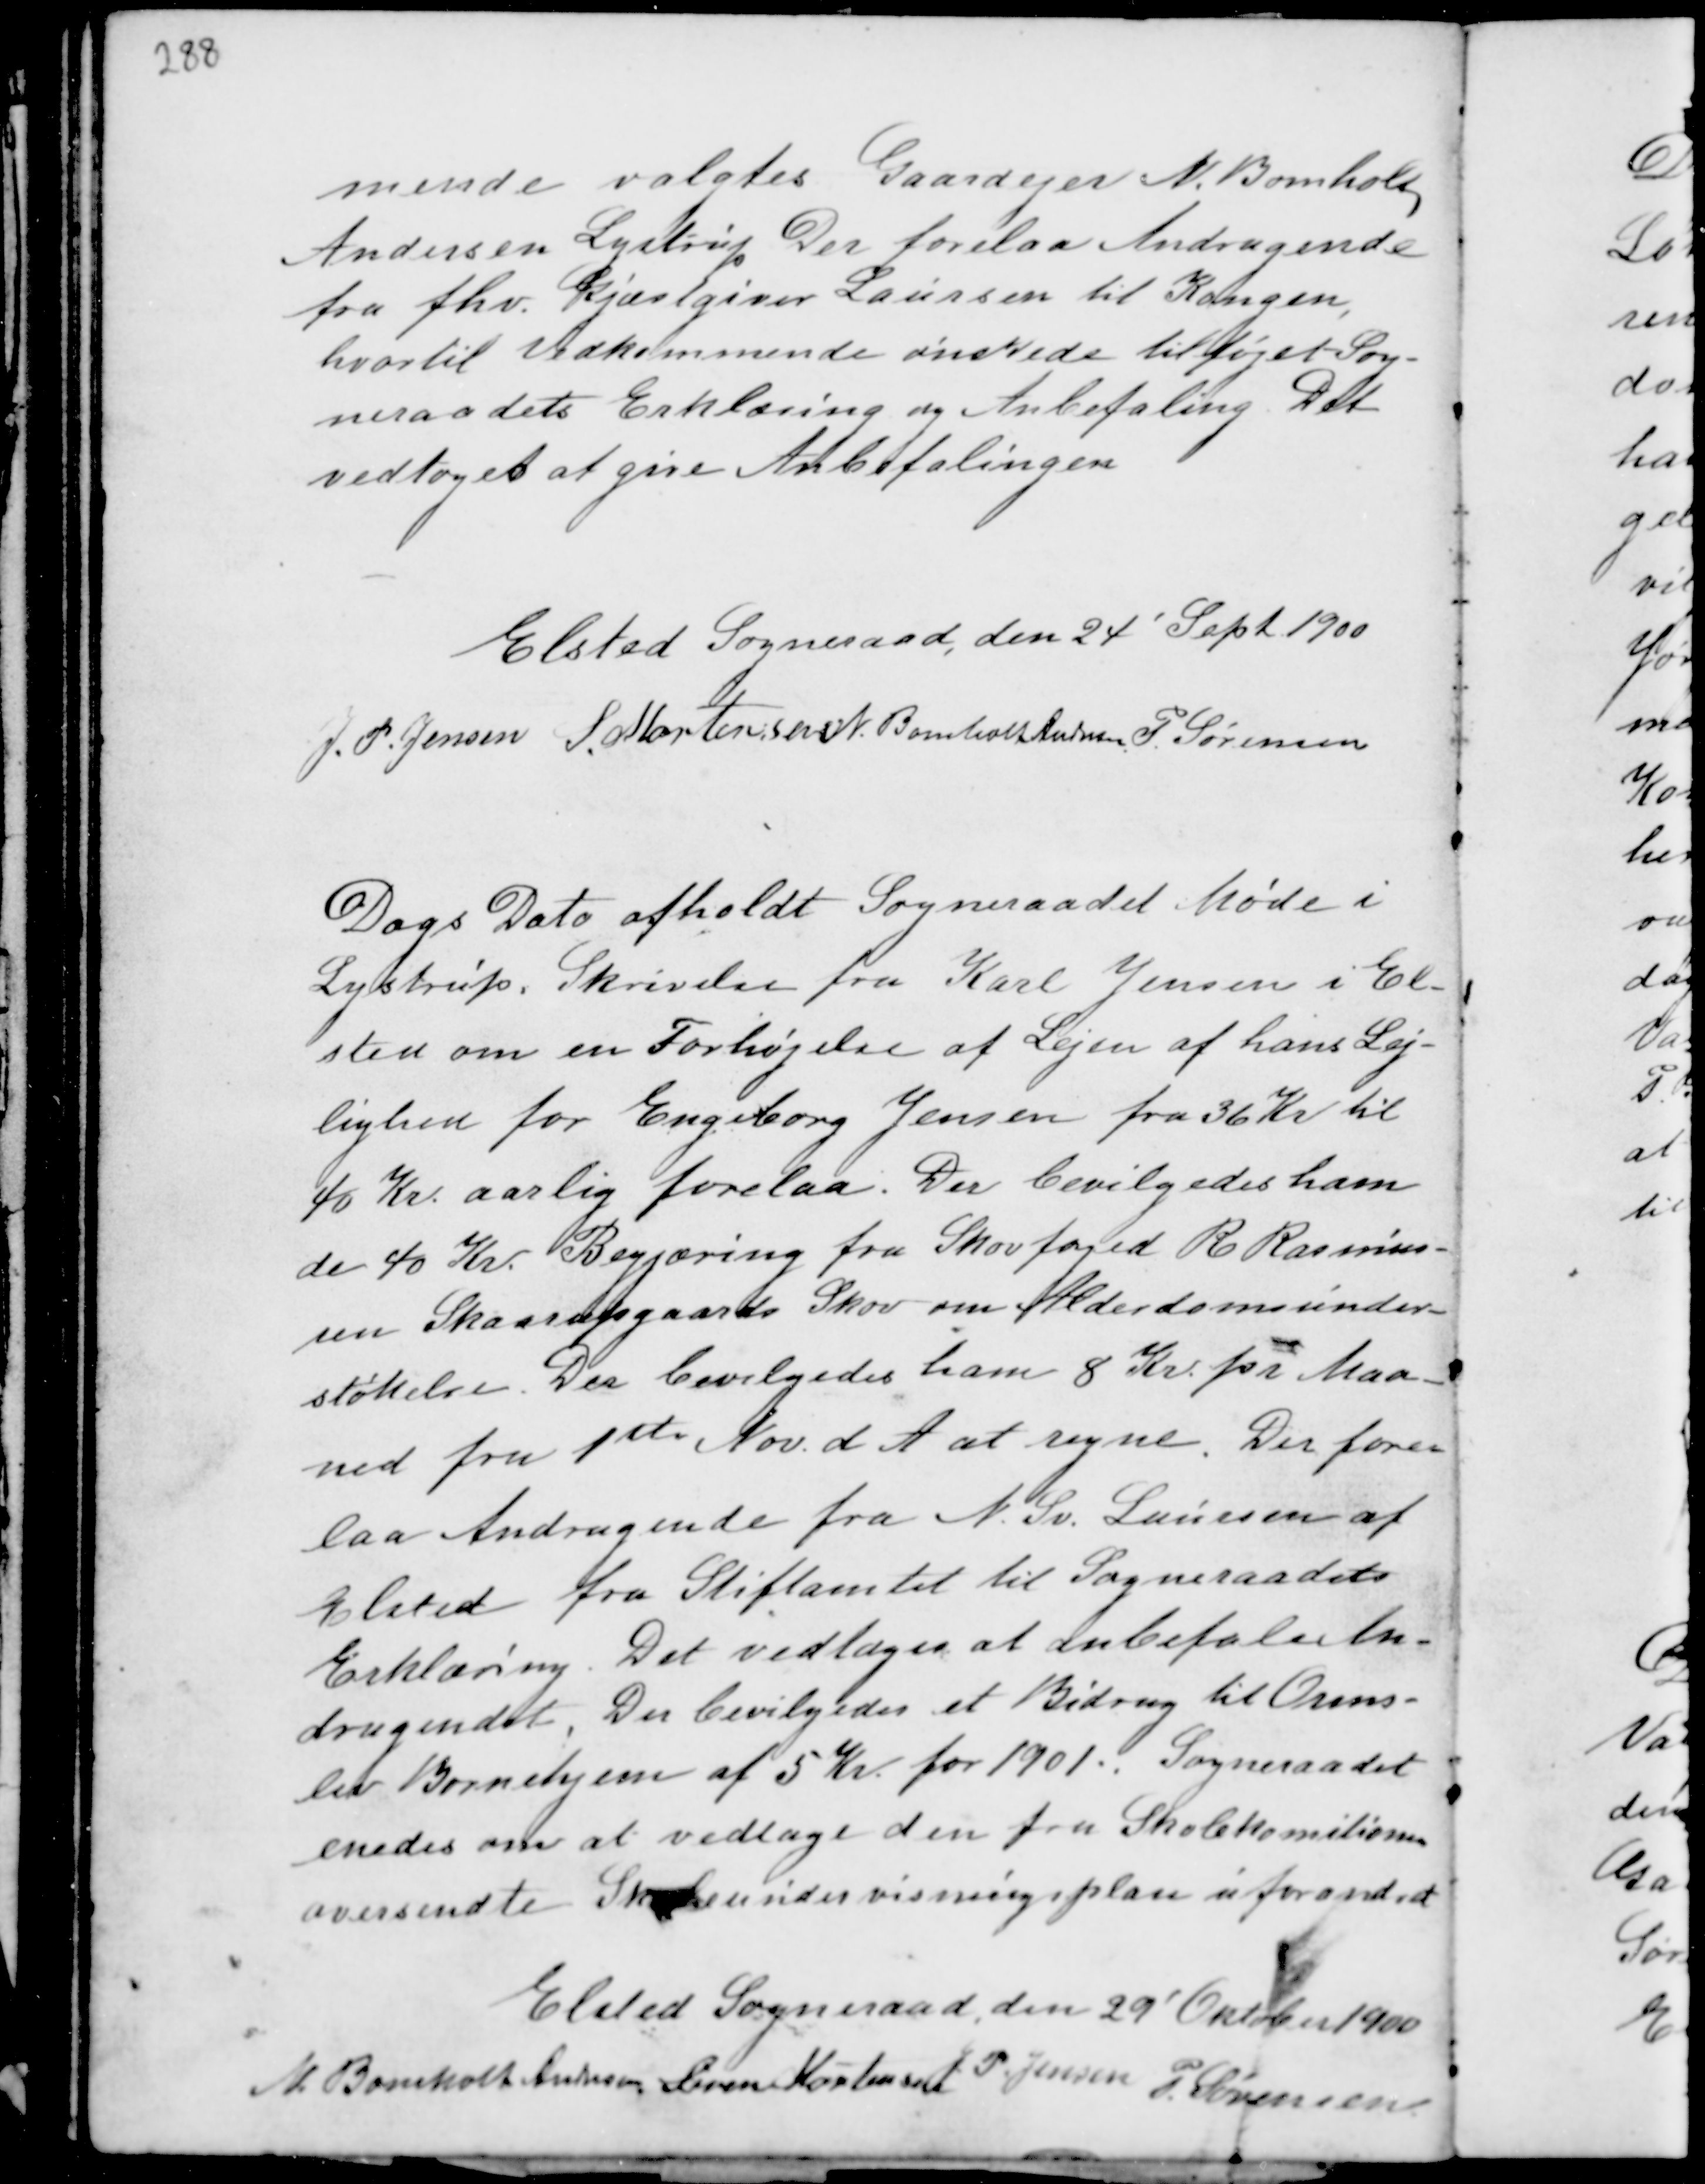
Transskription:
mende valgtes Gaardejer N. Bomholt
Andersen Lystrup Der forelaa Andragende
fra fhv. Gjæstgiver Laursen til Kongen,
hvortil vedkommende ønskede tilføjet Sog-
neraadets Erklæring og Anbefaling. Det
vedtoges at give Anbefalingen

Elsted Sogneraad, den 24' Sept. 1900
J. P. Jensen S. Mortensen N. Bomholt Andersen P. Sørensen

Dags Dato afholdt Sogneraadet Møde i
Lystrup. Skrivelse fra Karl Jensen i El-
sted om en Forhøjelse af Lejen af hans Lej-
lighed for Engeborg Jensen fra 36 Kr til
40 Kr. aarlig forelaa. Der bevilgedes ham
de 40 Kr. Begjæring fra Skovfoged R Rasmus-
sen Skaarupgaards Skov om Alderdomsunder-
støttelse. Der bevilgedes ham 8 Kr. pr Maa-
ned fra 1ste Nov. d.A. at regne. Der fore-
laa Andragende fra N. Sv. Laursen af
Elsted fra Stiftamtet til Sogneraadets
Erklæring. Det vedtoges at Anbefale An-
dragendet. Der bevilgedes et Bidrag til Orms-
lev Børnehjem af 5 Kr. for 1901. Sogneraadet
enedes om at vedtage den fra Skolekomitionen
ovennævnte Skoleundervisningsplan uforandret

Elsted Sogneraad, den 29' Oktober 1900
N. Bomholt Andersen Søren Mortensen
J. P. Jensen P. Sørensen